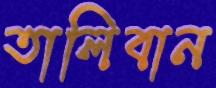
তালিবান